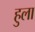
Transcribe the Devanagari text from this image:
हुला